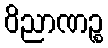
ဝိညာဏဉ္စ